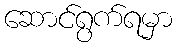
ဆောင်ရွက်ရမှာ